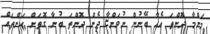
މަންމާ ދޮންތަ އެހާ ބޭނުން ނުވަންޏާ ދެން ދޮންތަ ބުނާ ގޮތަށް ކަންތައް